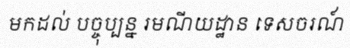
មកដល់ បច្ចុប្បន្ន រមណីយដ្ឋាន ទេសចរណ៍